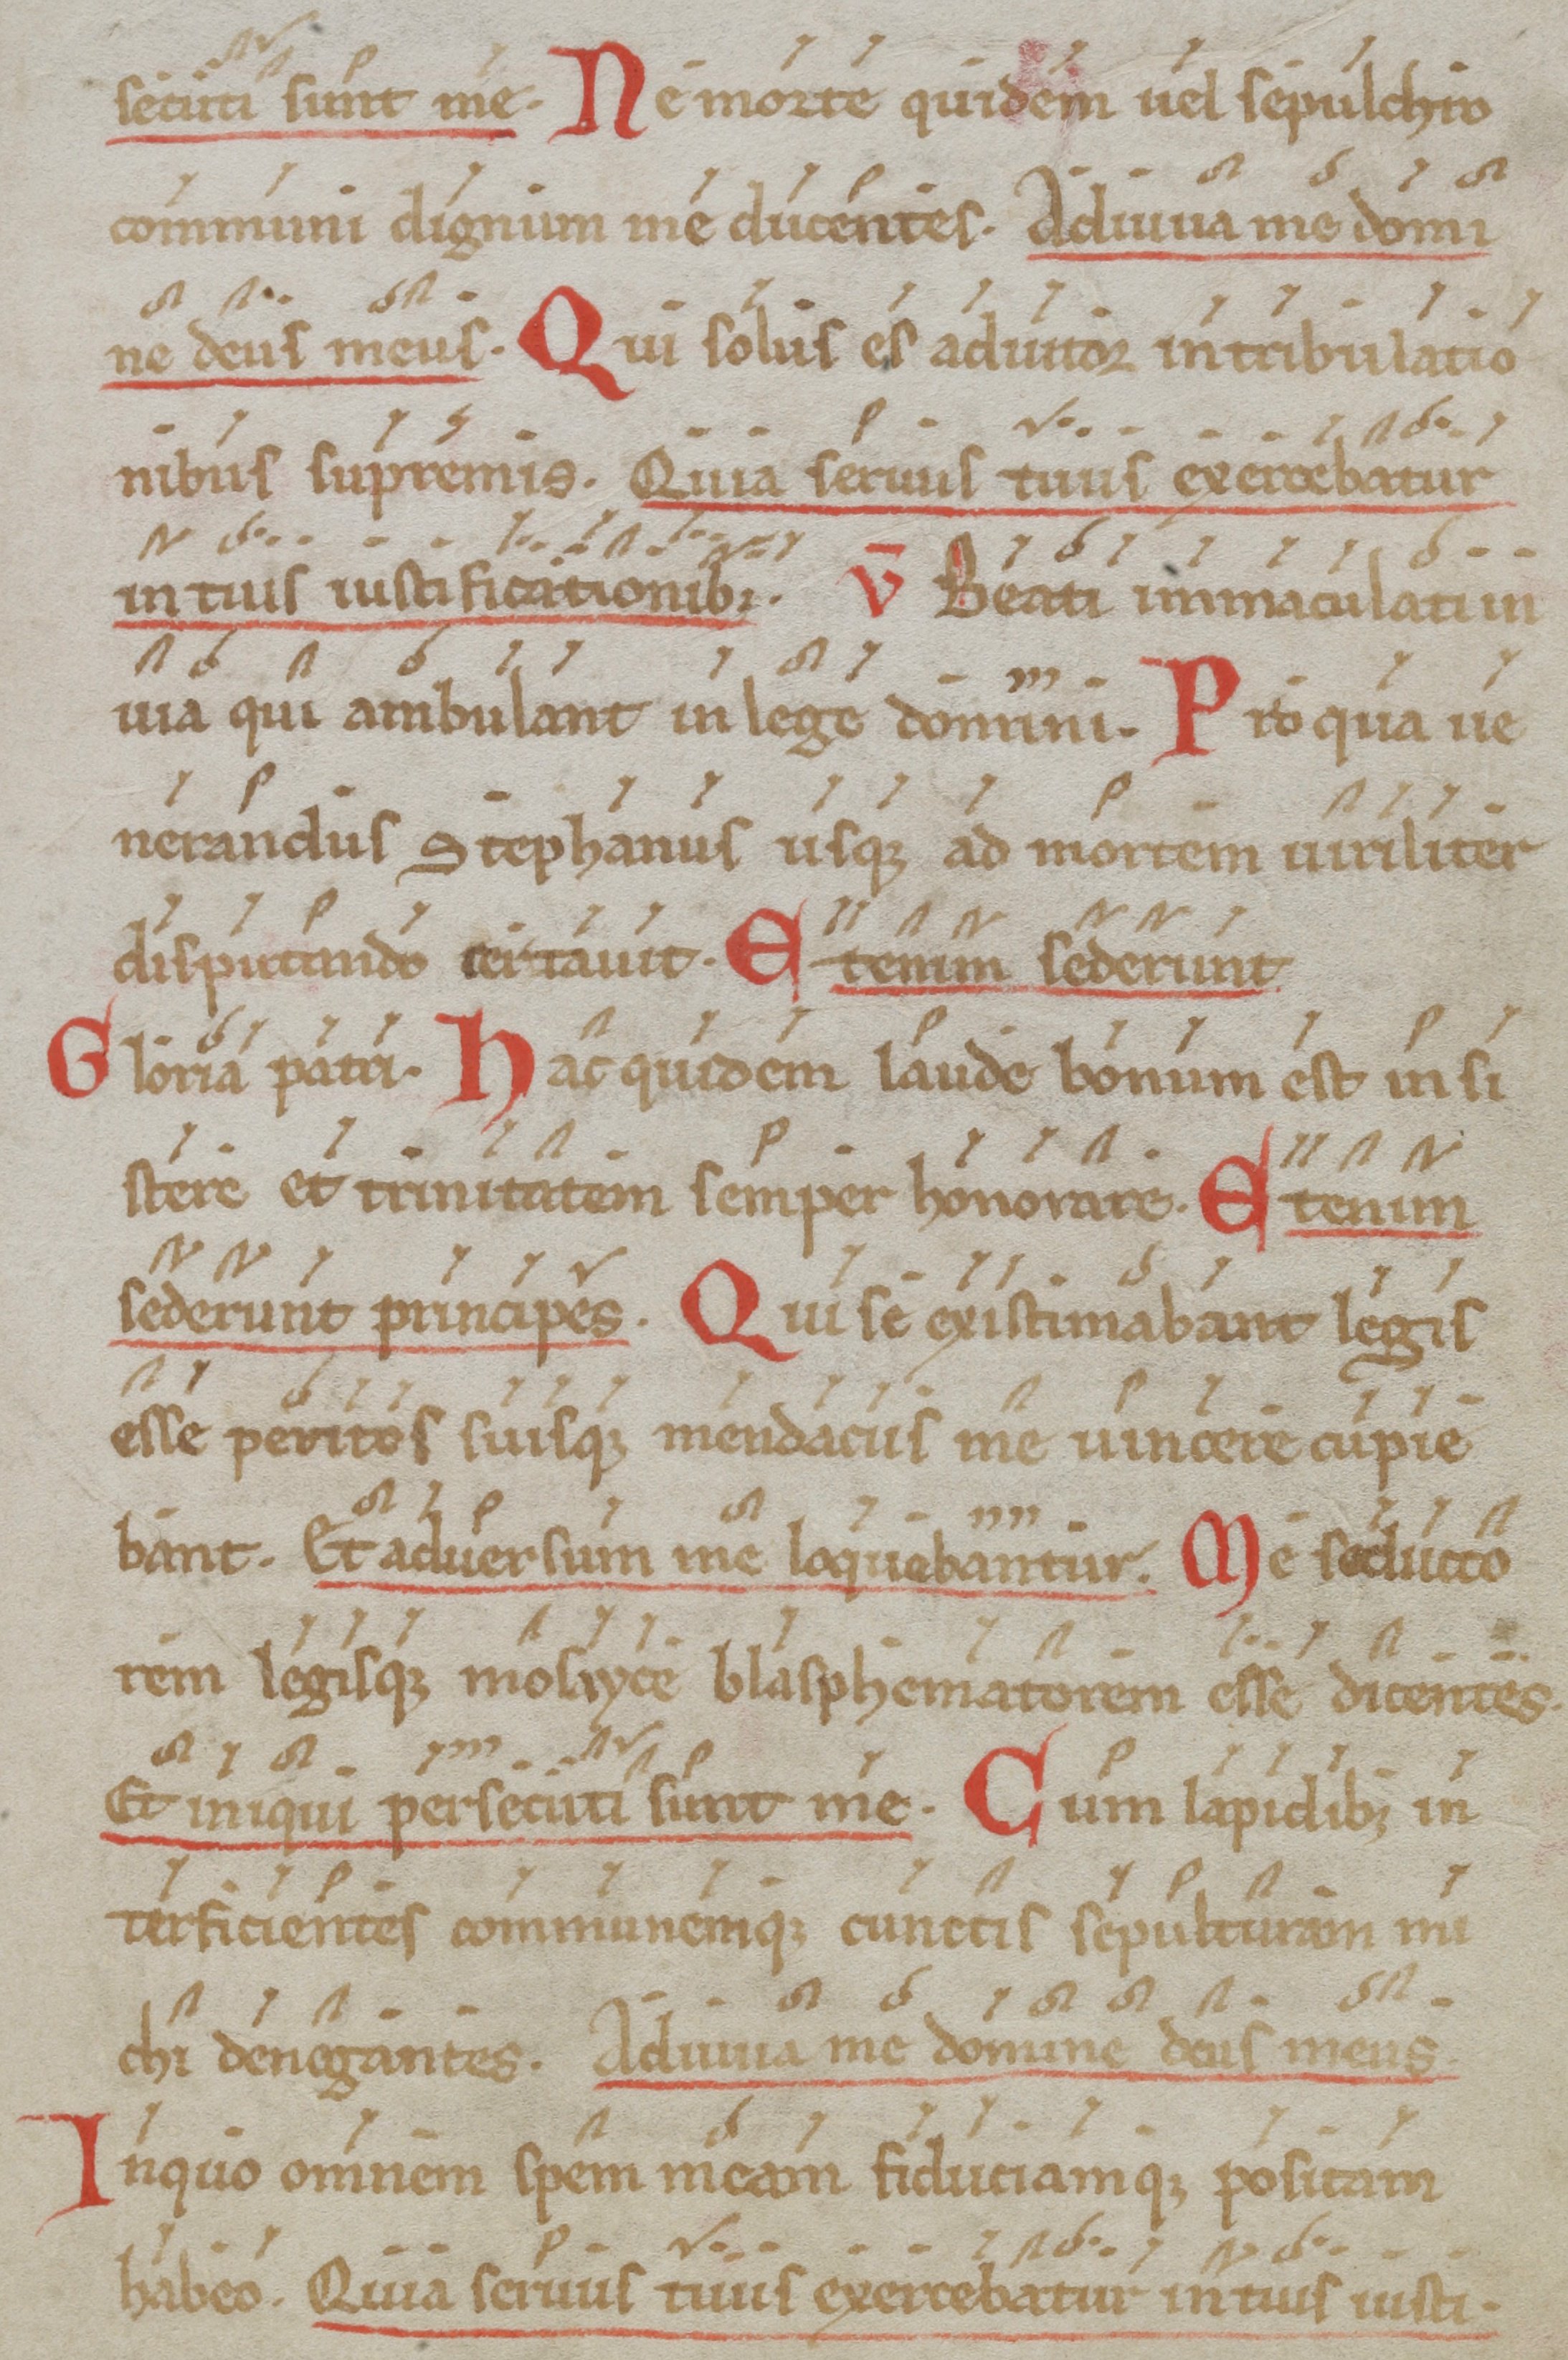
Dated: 1000–1099